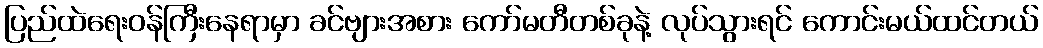
ပြည်ထဲရေးဝန်ကြီးနေရာမှာ ခင်ဗျားအစား ကော်မတီတစ်ခုနဲ့ လုပ်သွားရင် ကောင်းမယ်ထင်တယ်